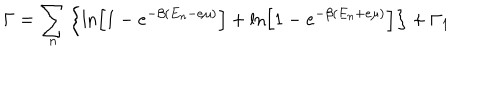
LaTeX: \Gamma = \sum _ { n } \left\{ \ln \left[ 1 - e ^ { - \beta ( E _ { n } - e \mu ) } \right] + \ln \left[ 1 - e ^ { - \beta ( E _ { n } + e \mu ) } \right] \right\} + \Gamma _ { 1 }